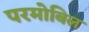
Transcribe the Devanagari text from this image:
परमोबिल